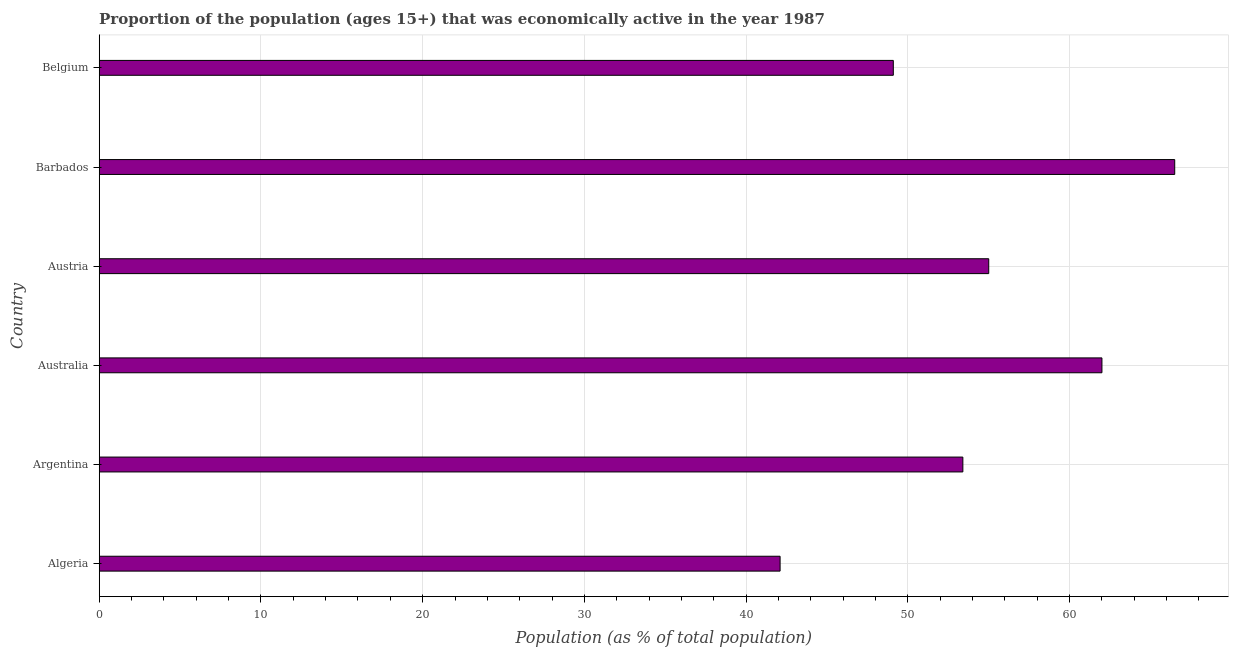
| Country | Labor force participation rate total |
 | --- | --- |
 | Algeria | 42.1 |
 | Argentina | 53.4 |
 | Australia | 62 |
 | Austria | 55 |
 | Barbados | 66.5 |
 | Belgium | 49.1 |